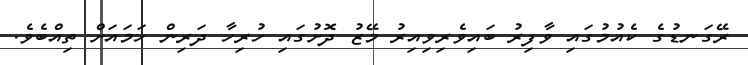
ރޭގަނޑުގެ ކެއުމުގައި ވާފިރު ބައިވެރިވިއިރު މޭޒު ދޮށުގައި ހުރިހާ ދަރިން ހަމައަށް ތިއްބެވެ.